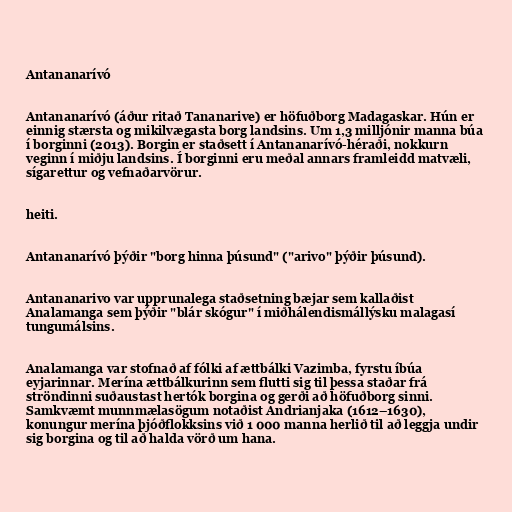
Antananarívó

Antananarívó (áður ritað Tananarive) er höfuðborg Madagaskar. Hún er
einnig stærsta og mikilvægasta borg landsins. Um 1,3 milljónir manna búa
í borginni (2013). Borgin er staðsett í Antananarívó-héraði, nokkurn
veginn í miðju landsins. Í borginni eru meðal annars framleidd matvæli,
sígarettur og vefnaðarvörur.

heiti.

Antananarívó þýðir "borg hinna þúsund" ("arivo" þýðir þúsund).

Antananarivo var upprunalega staðsetning bæjar sem kallaðist
Analamanga sem þýðir "blár skógur" í miðhálendismállýsku malagasí
tungumálsins.

Analamanga var stofnað af fólki af ættbálki Vazimba, fyrstu íbúa
eyjarinnar. Merína ættbálkurinn sem flutti sig til þessa staðar frá
ströndinni suðaustast hertók borgina og gerði að höfuðborg sinni.
Samkvæmt munnmælasögum notaðist Andrianjaka (1612–1630),
konungur merína þjóðflokksins við 1 000 manna herlið til að leggja undir
sig borgina og til að halda vörð um hana.